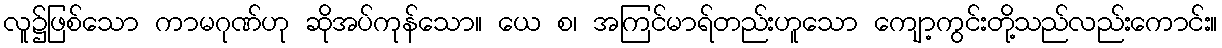
လူ၌ဖြစ်သော ကာမဂုဏ်ဟု ဆိုအပ်ကုန်သော။ ယေ စ၊ အကြင်မာရ်တည်းဟူသော ကျော့ကွင်းတို့သည်လည်းကောင်း။